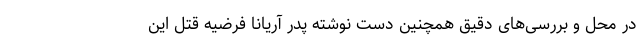
در محل و بررسی‌های دقیق همچنین دست نوشته پدر آریانا فرضیه‌ قتل این